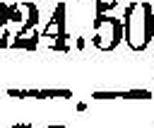
—.—